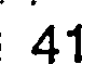
41